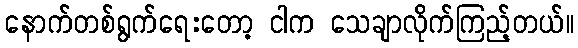
နောက်တစ်ရွက်ရေးတော့ ငါက သေချာလိုက်ကြည့်တယ်။